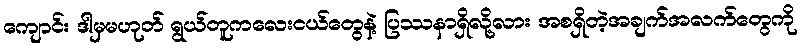
ကျောင်း ဒါမှမဟုတ် ရွယ်တူကလေးငယ်တွေနဲ့ ပြဿနာရှိလို့လား အစရှိတဲ့အချက်အလက်တွေကို